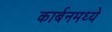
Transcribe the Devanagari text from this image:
कार्बनमध्ये